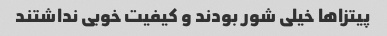
پیتزاها خیلی شور بودند و کیفیت خوبی نداشتند